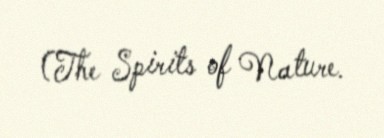
(The Spirits of Nature.